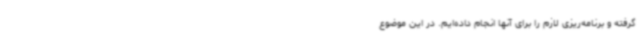
گرفته و برنامه‌ریزی لازم را برای آنها انجام داده‌ایم. در این موضوع